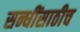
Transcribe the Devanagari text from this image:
सन्धींसाठीच